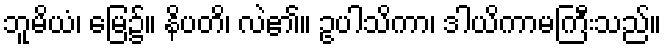
ဘူမိယံ၊ မြေ၌။ နိပတိ၊ လဲ၏။ ဥပါသိကာ၊ ဒါယိကာမကြီးသည်။